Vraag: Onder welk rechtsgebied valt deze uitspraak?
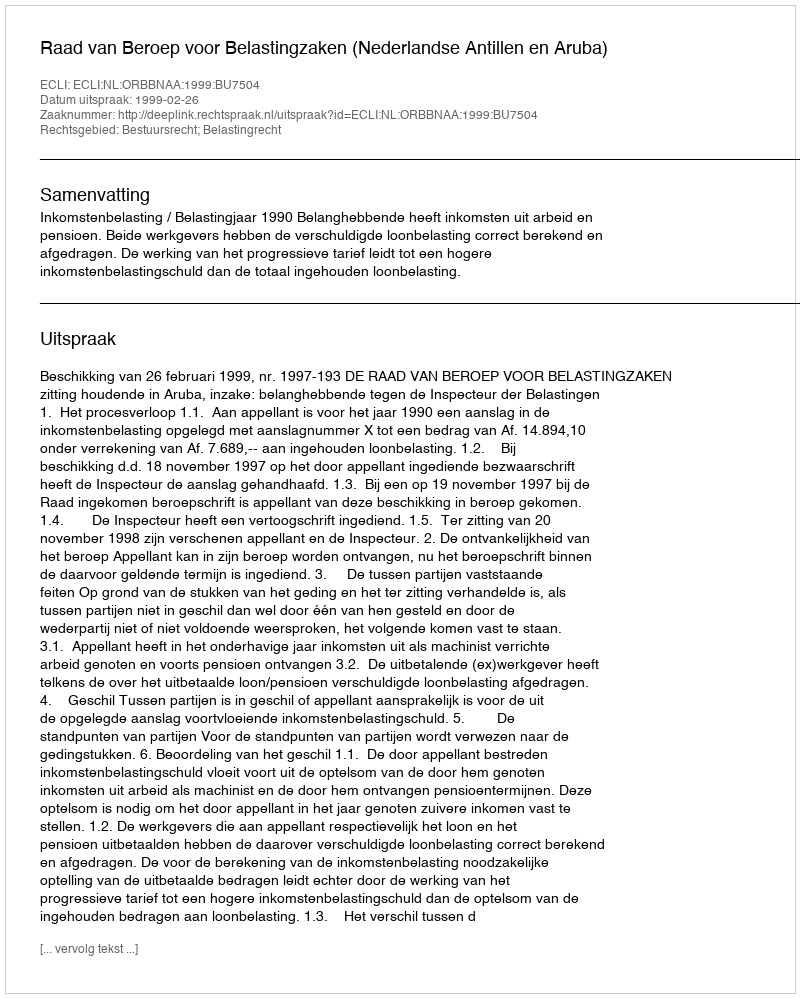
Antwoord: Bestuursrecht; Belastingrecht